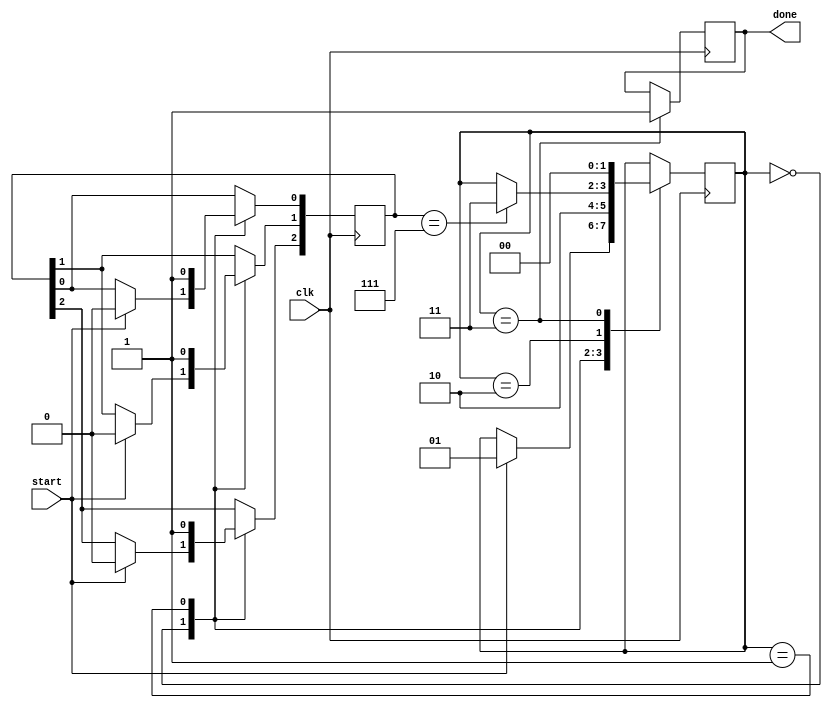
module ForkJoinExample (
    input wire clk,
    input wire start,
    output reg done
);
    reg [1:0] state;
    reg [2:0] task_done; // To track completion of tasks

    // State encoding
    localparam IDLE = 2'b00,
               FORK = 2'b01,
               JOIN = 2'b10,
               DONE = 2'b11;

    initial begin
        state = IDLE;
        done = 0;
        task_done = 3'b000; // Initially, no tasks are completed
    end

    // Main control process
    always @(posedge clk) begin
        case (state)
            IDLE: begin
                if (start) begin
                    state <= FORK; // Start the fork operation
                    task_done <= 3'b000; // Reset task completion status
                end
            end

            FORK: begin
                // Fork subprocesses
                // Each task can be represented by a separate always block or task
                // For simplicity, we will simulate task completion using a counter
                // In a real scenario, this would be replaced with actual tasks
                
                // Simulate task 1
                task_done[0] <= 1; // Task 1 completed

                // Simulate task 2
                task_done[1] <= 1; // Task 2 completed

                // Simulate task 3
                task_done[2] <= 1; // Task 3 completed

                // Move to JOIN state after forking
                state <= JOIN;
            end

            JOIN: begin
                // Check if all tasks are done
                if (task_done == 3'b111) begin
                    state <= DONE; // All tasks completed
                end
            end

            DONE: begin
                done <= 1; // Indicate completion
                state <= IDLE; // Reset state to IDLE for the next start
            end

            default: state <= IDLE;
        endcase
    end
endmodule